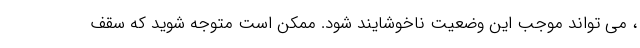
، می تواند موجب این وضعیت ناخوشایند شود. ممکن است متوجه شوید که سقف